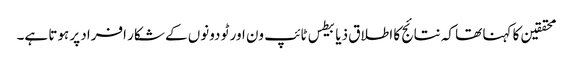
محققین کا کہنا تھا کہ نتائج کا اطلاق ذیابیطس ٹائپ ون اور ٹو دونوں کے شکار افراد پر ہوتا ہے۔